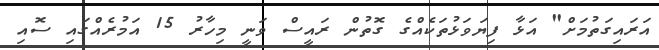
އަރައިގަތުމަށް" އަޅާ ފިޔަވަޅުތަކެއްގެ ގޮތުން ރައީސް ވަނީ މިހާރު 15 އަމުރެއްގައި ސޮއި